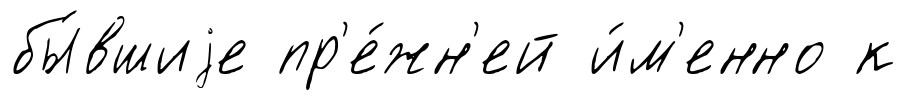
бы́вшиjе пр'е́жн'ей и́м'енно к